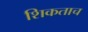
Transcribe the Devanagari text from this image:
शिकताच